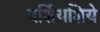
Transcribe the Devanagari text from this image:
दर्शियशिये